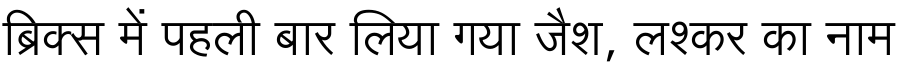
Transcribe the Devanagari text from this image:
ब्रिक्स में पहली बार लिया गया जैश, लश्कर का नाम